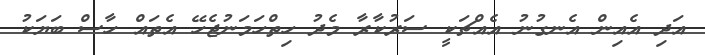
އަދި އެއިން އެނގުނު އެއްޗަކީ ސަރުކާރާ މެދު ހިތްހަމަނުޖެހޭ އެތައް ހާސް ބަޔަކު